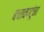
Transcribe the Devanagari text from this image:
बचावपटूंना